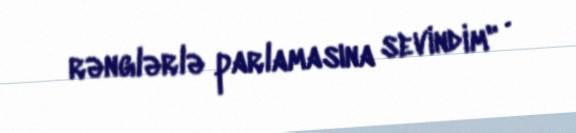
rənglərlə parlamasına sevindim" .